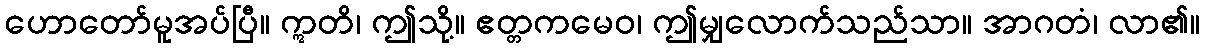
ဟောတော်မူအပ်ပြီ။ ဣတိ၊ ဤသို့။ ဧတ္တကမေဝ၊ ဤမျှလောက်သည်သာ။ အာဂတံ၊ လာ၏။